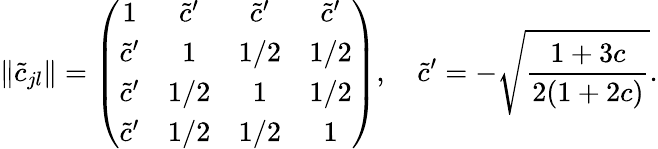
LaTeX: \| \widetilde{c}_{jl}\| =\left(\begin{array}{cccc}{{1}}&{{\widetilde{c}^{\prime}}}&{{\widetilde{c}^{\prime}}}&{{\widetilde{c}^{\prime}}}\\ {{\widetilde{c}^{\prime}}}&{{1}}&{{1/2}}&{{1/2}}\\ {{\widetilde{c}^{\prime}}}&{{1/2}}&{{1}}&{{1/2}}\\ {{\widetilde{c}^{\prime}}}&{{1/2}}&{{1/2}}&{{1}}\end{array}\right),\quad\widetilde{c}^{\prime}=-\sqrt{\frac{1+3c}{2(1+2c)}}.